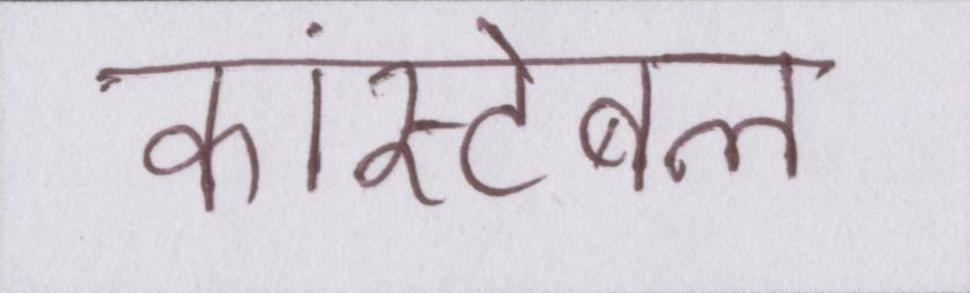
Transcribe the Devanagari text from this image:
कांस्टेबल